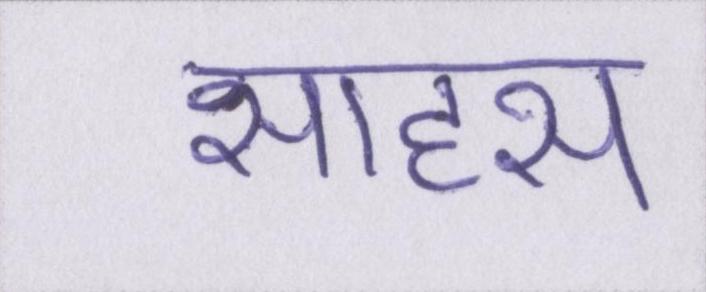
साहस